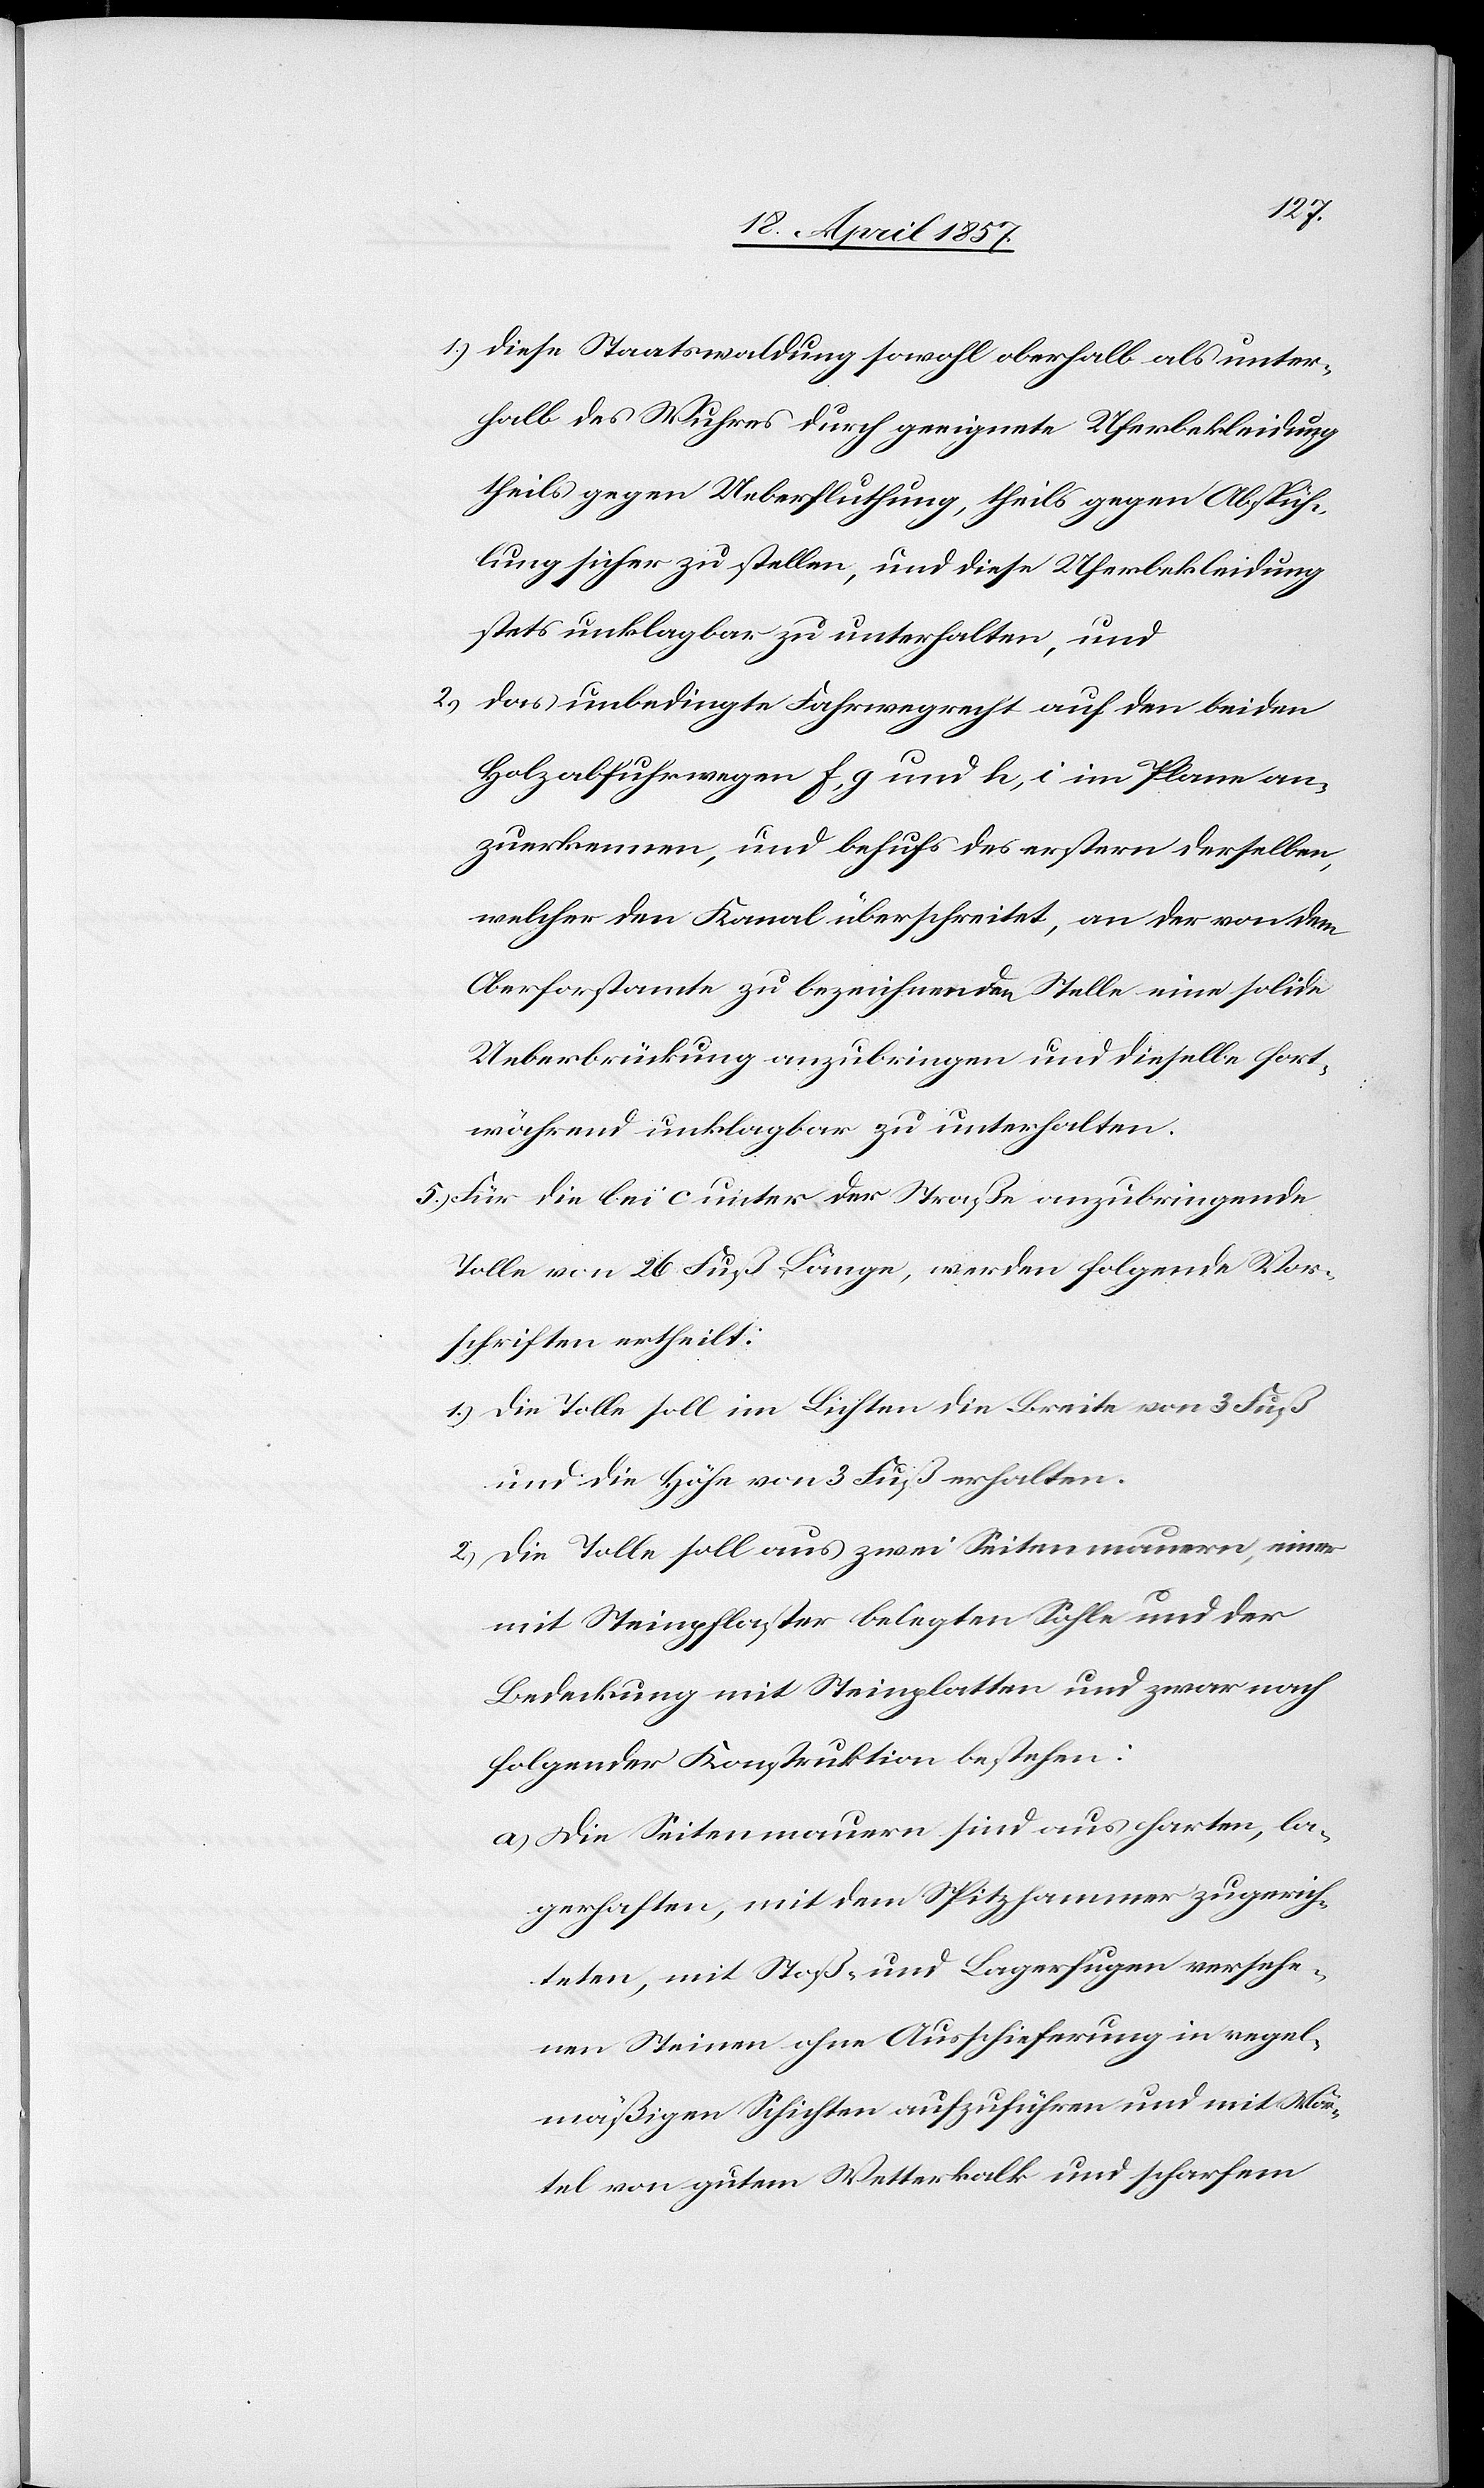
1.) diese Staatswaldung sowohl oberhalb als unter¬
halb des Wuhres durch geeignete Uferbekleidung
theils gegen Ueberfluthung, theils gegen Abspüh¬
lung sicher zu stellen, und diese Uferbekleidung
stets unklagbar zu unterhalten, und
2.) das unbedingte Fahrwegrecht auf den beiden
Holzabfuhrwegen f, g und h, i im Plane an¬
zuerkennen, und behufs des erstern derselben,
welcher den Kanal überschreitet, an der von dem
Oberforstamte zu bezeichnenden Stelle eine solide
Ueberbrückung anzubringen und dieselbe fort¬
während unklagbar zu unterhalten.
5.) Für die bei c unter der Straße anzubringende
Tolle von 26 Fuß Länge, werden folgende Vor¬
schriften ertheilt:
1.) Die Tolle soll im Lichten die Breite von 3 Fuß
und die Höhe von 3 Fuß erhalten.
2.) Die Tolle soll aus zwei Seitenmauern, einer
mit Steinpflaster belegten Sohle und der
Bedeckung mit Steinplatten und zwar nach
folgender Konstruktion bestehen:
a) Die Seitenmauern sind aus harten, la¬
gerhaften, mit dem Spitzhammer zugerich¬
teten, mit Stoß- und Lagerfugen versehe¬
nen Steinen ohne Ausschieferung in regel¬
mäßigen Schichten aufzuführen und mit Mör¬
tel von gutem Wetterkalk und scharfem